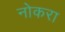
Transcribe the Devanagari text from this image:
नोकरा